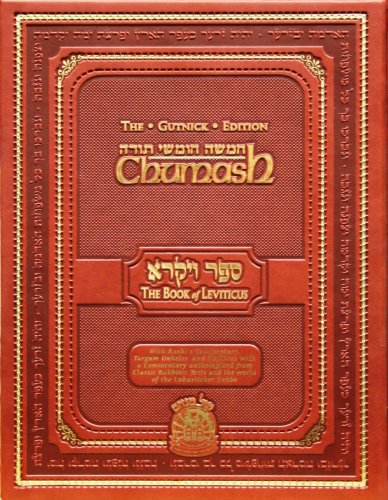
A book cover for Chumash: The Gutnick Edition - Book of Leviticus - Kol Menachem (Full Size); Rabbi Chaim Miller; Religion & Spirituality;